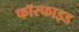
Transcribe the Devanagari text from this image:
फॉस्फाइड